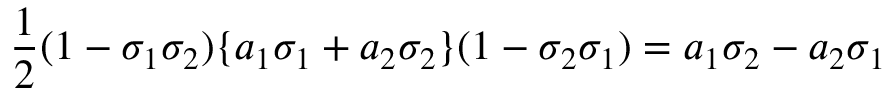
{ \frac { 1 } { 2 } } ( 1 - \sigma _ { 1 } \sigma _ { 2 } ) \{ a _ { 1 } \sigma _ { 1 } + a _ { 2 } \sigma _ { 2 } \} ( 1 - \sigma _ { 2 } \sigma _ { 1 } ) = a _ { 1 } \sigma _ { 2 } - a _ { 2 } \sigma _ { 1 }